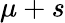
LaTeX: \mu+s